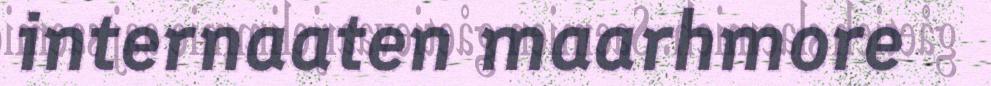
internaaten maarhmore